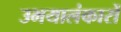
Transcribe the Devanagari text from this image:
उभयालंकारों